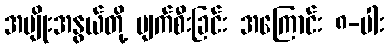
အမျိုးအနွယ်တို့ ပျက်စီးခြင်း အကြောင်း ၈-ပါး